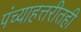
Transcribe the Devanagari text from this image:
पंच्याहत्तरीतही